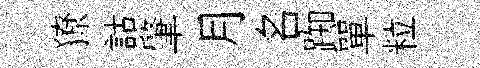
獠詁肇月名踟單粒